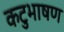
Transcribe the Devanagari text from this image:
कटुभाषण